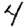
Digit: 4